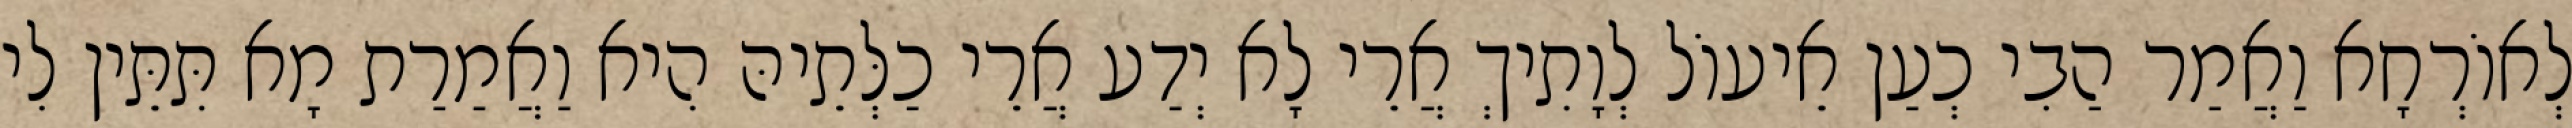
לְאוֹרְחָא וַאֲמַר הַבִי כְעַן אֵיעוֹל לְוָתִיךְ אֲרֵי לָא יְדַע אֲרֵי כַלְּתֵיהּ הִיא וַאֲמַרַת מָא תִּתֵּין לִי